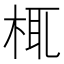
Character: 㭯